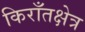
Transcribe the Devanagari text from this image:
किराँतक्षेत्र